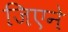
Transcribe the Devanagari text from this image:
जिएने